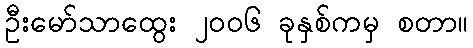
ဦးမော်သာထွေး ၂၀၀၆ ခုနှစ်ကမှ စတာ။